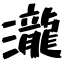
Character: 瀧